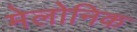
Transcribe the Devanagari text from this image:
मेलोनिक